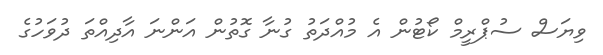
ވިޔަސް ސުޕްރީމް ކޯޓުން އެ މުއްދަތު ގުނާ ގޮތުން އަންނަ އާދިއްތަ ދުވަހުގެ